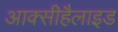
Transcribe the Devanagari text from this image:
आक्सीहैलाइड